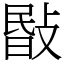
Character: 敯